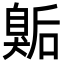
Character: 𭸫